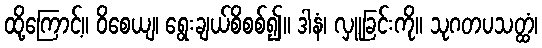
ထို့ကြောင့်။ ဝိစေယျ၊ ရွေးချယ်စိစစ်၍။ ဒါနံ၊ လှူခြင်းကို။ သုဂတပသတ္ထံ၊